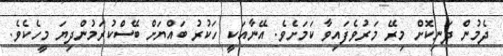
ދެމުން ދަނިކޮށް މިރޭ މަރުވެފައިވާ ކަމަށެވެ. އޭނާއަކީ ހަކުރު ބައްޔަށް ބޭސްކުރަމުންދިޔަ މީހެކެވެ.